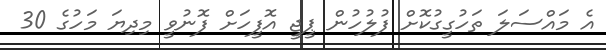
އެ މައްސަލަ ތަހުގީގުކޮށް ފުލުހުން ޕީޖީ އޮފީހަށް ފޮނުވީ މިދިޔަ މަހުގެ 30